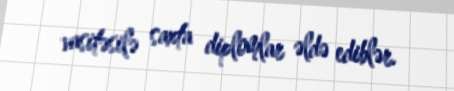
vasitəsilə saxta diplomlar əldə ediblər.